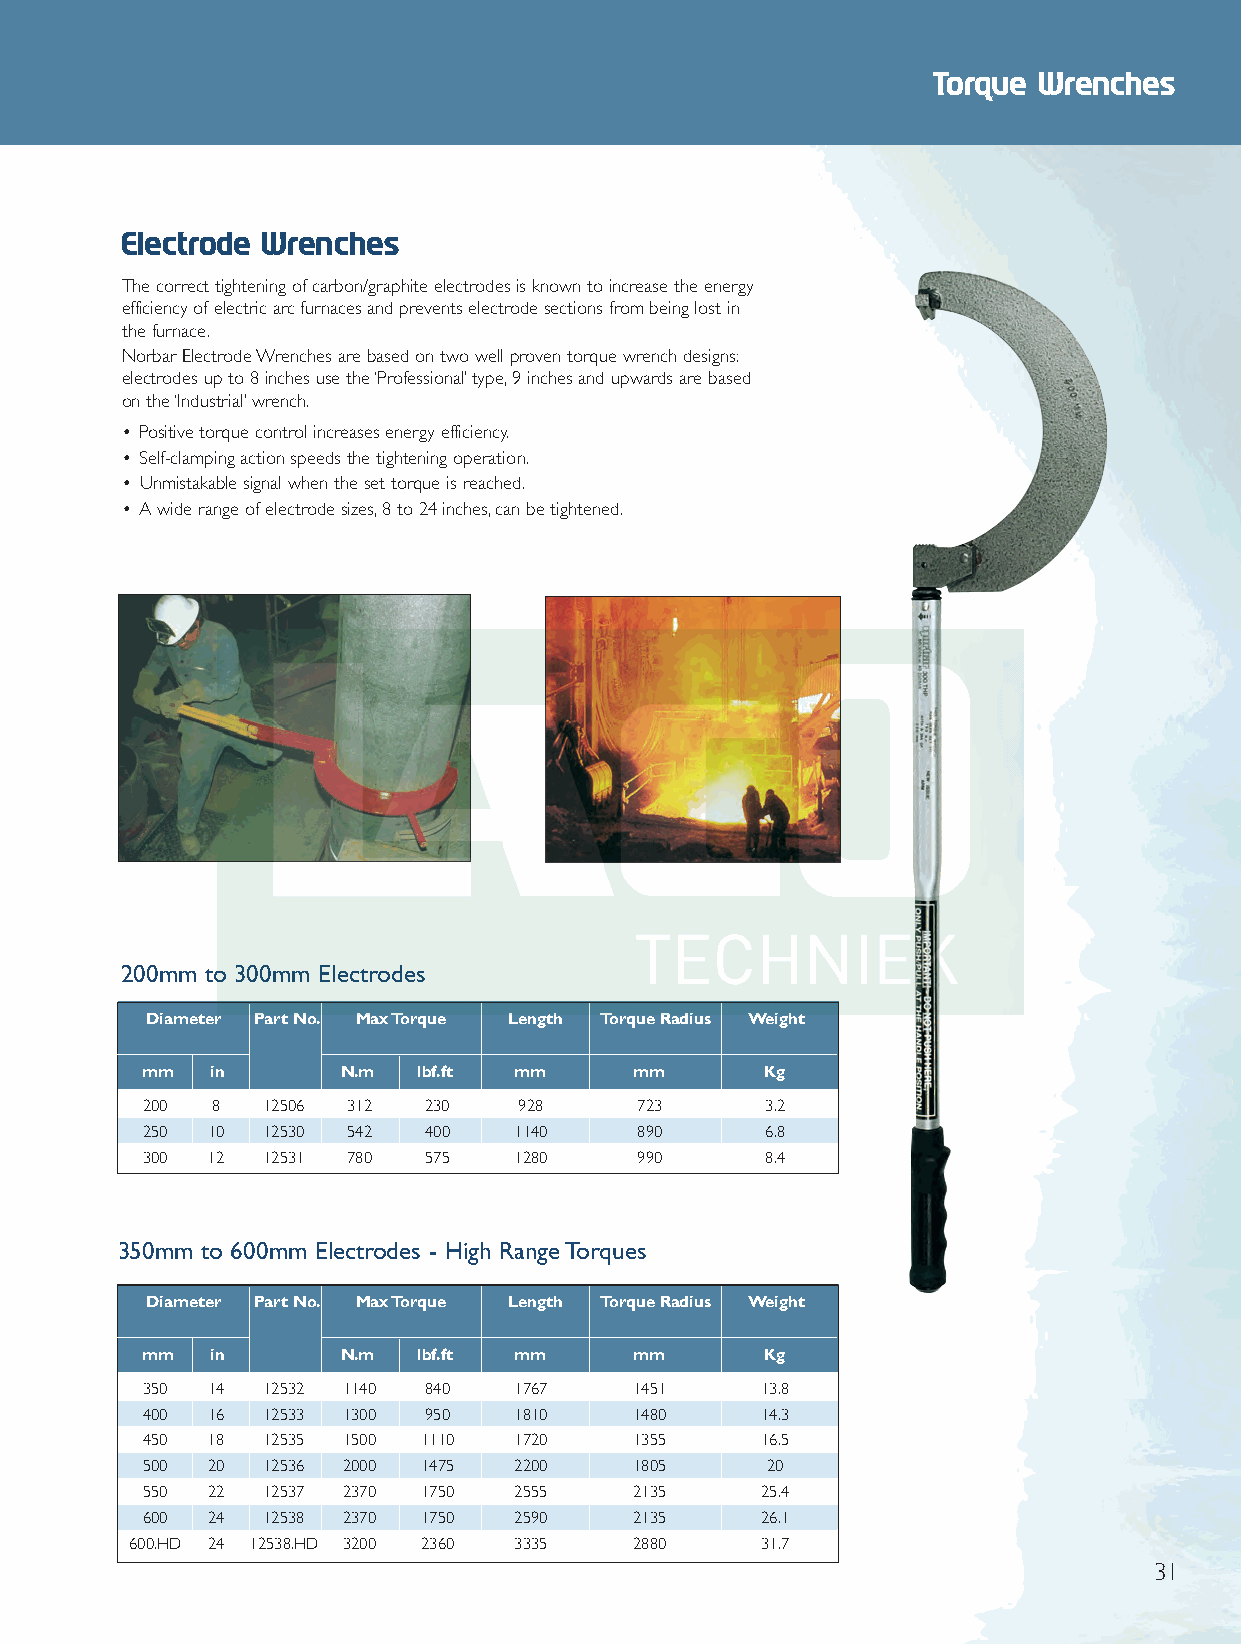
Front 2012 Q6.qxd 26/10/12 9:07 am Page 31
 Torque Wrenches
 Electrode Wrenches
 The correct tightening of carbon/graphite electrodes is known to increase the energy
 efficiency of electric arc furnaces and prevents electrode sections from being lost in
 the furnace.
 Norbar Electrode Wrenches are based on two well proven torque wrench designs:
 electrodes up to 8 inches use the ‘Professional’type,9 inches and upwards are based
 on the ‘Industrial’wrench.
 • Positive torque control increases energy efficiency.
 • Self-clamping action speeds the tightening operation.
 • Unmistakable signal when the set torque is reached.
 • A wide range of electrode sizes,8 to 24 inches,can be tightened.
 200mm to 300mm Electrodes
 Diameter Part No. Max Torque Length Torque Radius Weight
 mm   in      N.m   lbf.ft mm     mm      Kg
 200  8  12506 312  230   928     723      3.2
 250  10 12530 542  400   1140    890      6.8
 300  12 12531 780  575   1280    990      8.4
 350mm to 600mm Electrodes - High Range Torques
 Diameter Part No. Max Torque Length Torque Radius Weight
 mm   in      N.m   lbf.ft mm     mm      Kg
 350  14 12532 1140 840   1767    1451    13.8
 400  16 12533 1300 950   1810    1480    14.3
 450  18 12535 1500 1110  1720    1355    16.5
 500  20 12536 2000 1475  2200    1805     20
 550  22 12537 2370 1750  2555    2135    25.4
 600  24 12538 2370 1750  2590    2135    26.1
 600.HD 24 12538.HD 3200 2360 3335 2880    31.7
 31